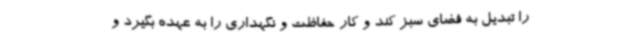
را تبدیل به فضای سبز کند و کار حفاظت و نگهداری را به عهده بگیرد و